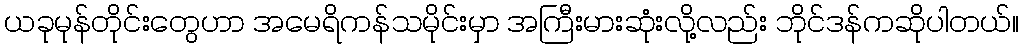
ယခုမုန်တိုင်းတွေဟာ အမေရိကန်သမိုင်းမှာ အကြီးမားဆုံးလို့လည်း ဘိုင်ဒန်ကဆိုပါတယ်။